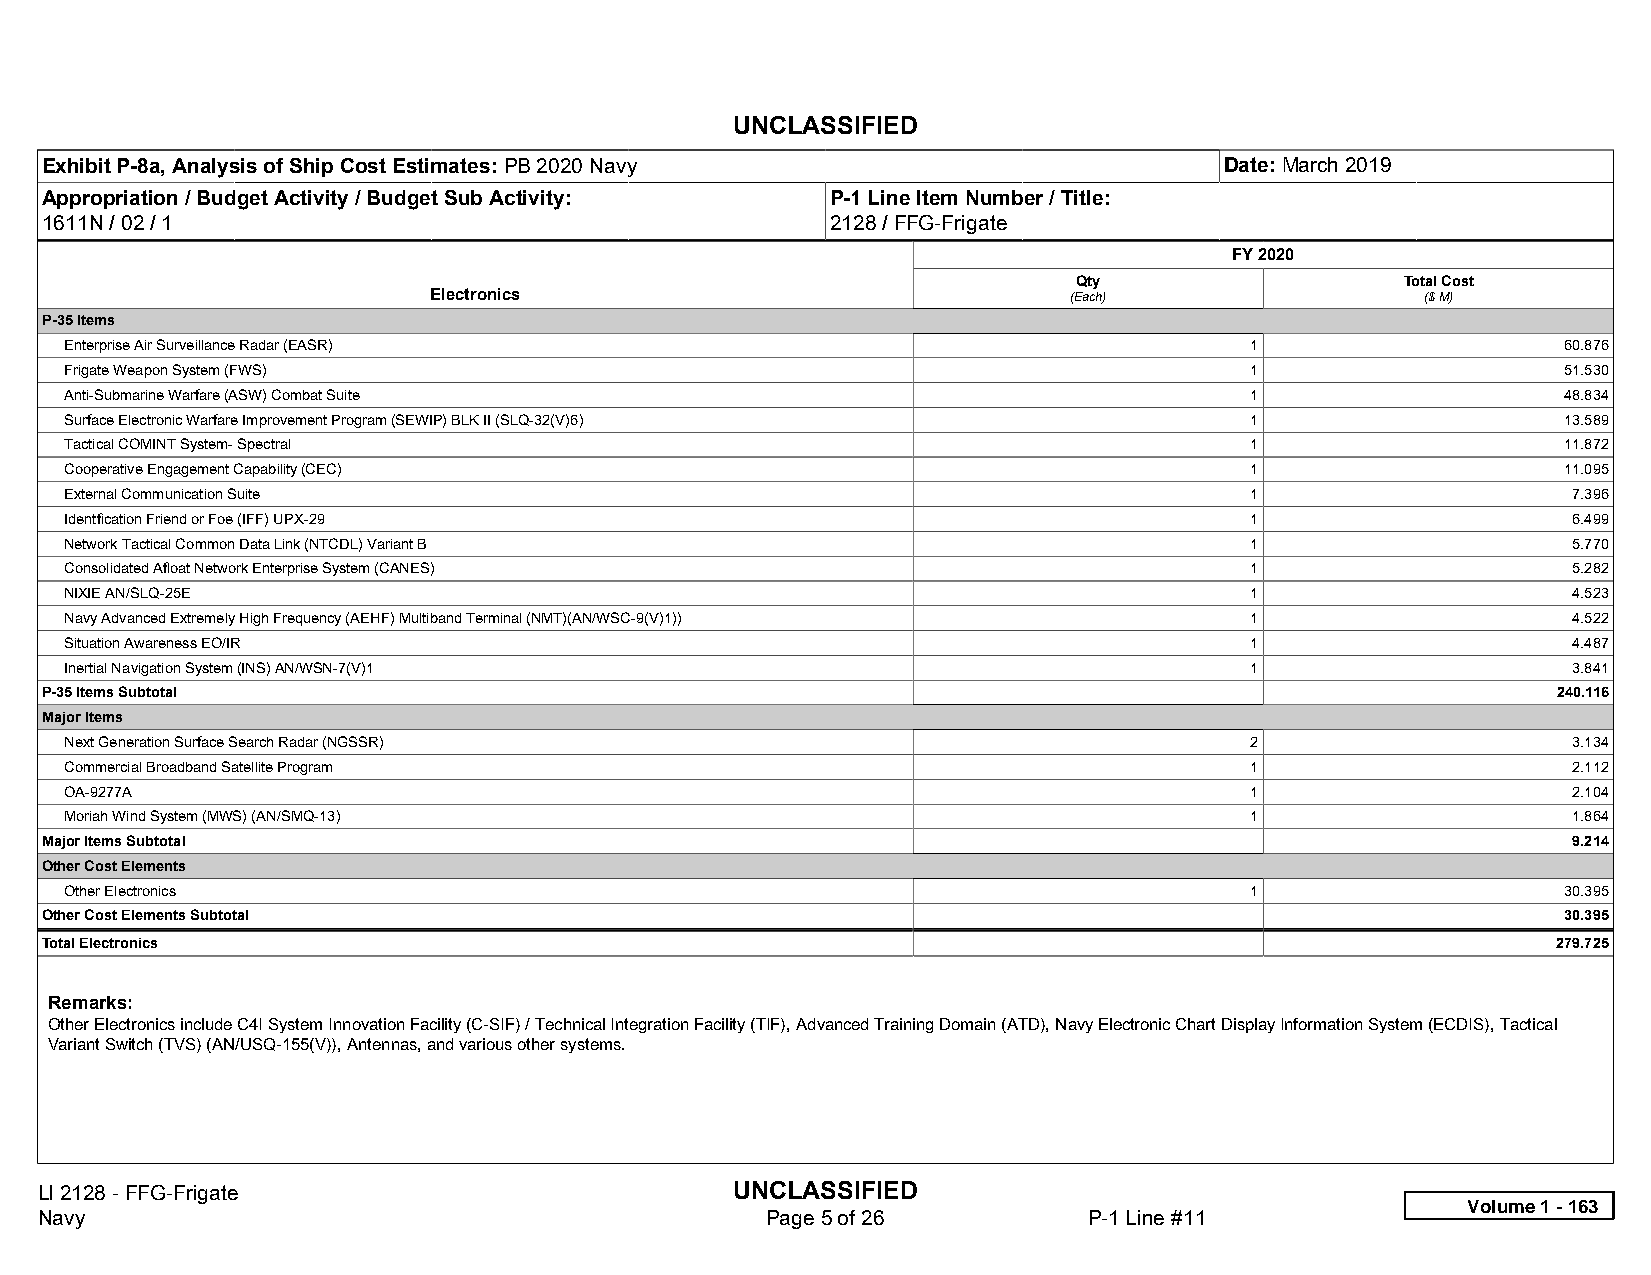
UNCLASSIFIED
 Exhibit P-8a, Analysis of Ship Cost Estimates: PB 2020 Navy                   Date: March 2019
 Appropriation / Budget Activity / Budget Sub Activity: P-1 Line Item Number / Title:
 1611N / 02 / 1                                      2128 / FFG-Frigate
 FY 2020
 Qty                   Total Cost
 Electronics                                (Each)                 ($ M)
 P-35 Items
 Enterprise Air Surveillance Radar (EASR)                                       1                   60.876
 Frigate Weapon System (FWS)                                                    1                   51.530
 Anti-Submarine Warfare (ASW) Combat Suite                                      1                   48.834
 Surface Electronic Warfare Improvement Program (SEWIP) BLK II (SLQ-32(V)6)     1                   13.589
 Tactical COMINT System- Spectral                                               1                   11.872
 Cooperative Engagement Capability (CEC)                                        1                   11.095
 External Communication Suite                                                   1                    7.396
 Identfication Friend or Foe (IFF) UPX-29                                       1                    6.499
 Network Tactical Common Data Link (NTCDL) Variant B                            1                    5.770
 Consolidated Afloat Network Enterprise System (CANES)                          1                    5.282
 NIXIE AN/SLQ-25E                                                               1                    4.523
 Navy Advanced Extremely High Frequency (AEHF) Multiband Terminal (NMT)(AN/WSC-9(V)1)) 1             4.522
 Situation Awareness EO/IR                                                      1                    4.487
 Inertial Navigation System (INS) AN/WSN-7(V)1                                  1                    3.841
 P-35 Items Subtotal                                                                                 240.116
 Major Items
 Next Generation Surface Search Radar (NGSSR)                                   2                    3.134
 Commercial Broadband Satellite Program                                         1                    2.112
 OA-9277A                                                                       1                    2.104
 Moriah Wind System (MWS) (AN/SMQ-13)                                           1                    1.864
 Major Items Subtotal                                                                                 9.214
 Other Cost Elements
 Other Electronics                                                              1                   30.395
 Other Cost Elements Subtotal                                                                        30.395
 Total Electronics                                                                                   279.725
 Remarks:
 Other Electronics include C4I System Innovation Facility (C-SIF) / Technical Integration Facility (TIF), Advanced Training Domain (ATD), Navy Electronic Chart Display Information System (ECDIS), Tactical
 Variant Switch (TVS) (AN/USQ-155(V)), Antennas, and various other systems.
 LI 2128 - FFG-Frigate                          UNCLASSIFIED
 Volume 1 - 163
 Navy                                             Page 5 of 26         P-1 Line #11